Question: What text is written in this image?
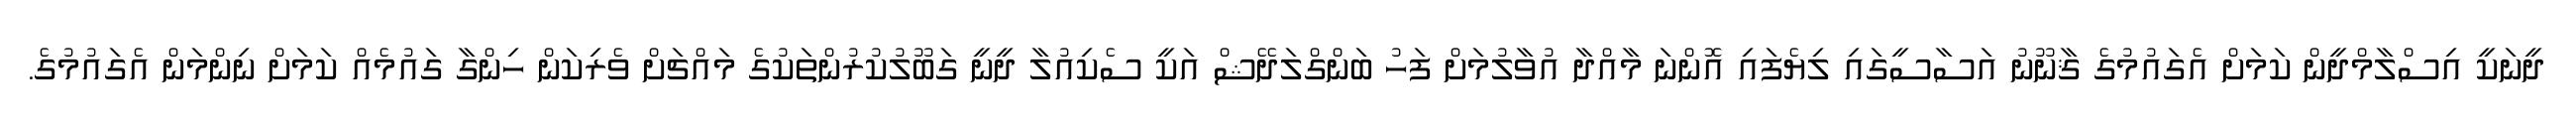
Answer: ދީނަކީ އިސްލާމްދީން ކަމަށް އެގައުމުގެ ޤާނޫނު އަސާސީގައި ލިޔެފައި އޮންނަ މާއްދާ އުވާލުމަށް ފަހު ބަންގްލަދޭޝް އަކީ ސެކިއުލާ ދީނީ ގަބޫލުކުރުންތަކުގެ މައްޗަށް ވެރިކަން ހިންގާ ގައުމެއް ކަމަށް ނިންމަން އެގައުމުގެ.